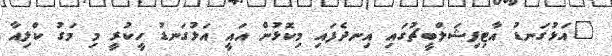
"އަޅުގަނޑު އާޓިފިޝަލްބީޗުގައި އިނދެފައި މިކޮޅުން އައީ އަޅުގަނޑު ހީކުރީ މި މަގު ކްލިއާ